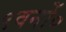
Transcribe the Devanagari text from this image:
९वनों०